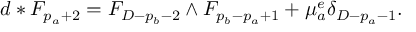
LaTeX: d * F _ { p _ { a } + 2 } = F _ { D - p _ { b } - 2 } \wedge F _ { p _ { b } - p _ { a } + 1 } + \mu _ { a } ^ { e } \delta _ { D - p _ { a } - 1 } .